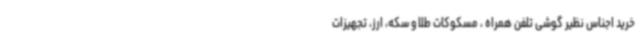
خرید اجناس نظیر گوشی تلفن همراه ، مسکوکات طلا و سکه، ارز، تجهیزات